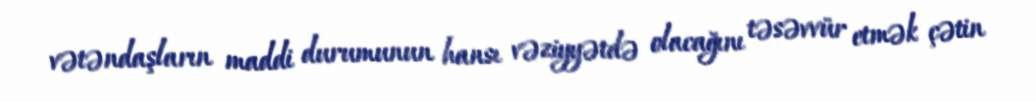
vətəndaşların maddi durumunun hansı vəziyyətdə olacağını təsəvvür etmək çətin